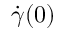
{ \dot { \gamma } } ( 0 )